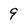
Character: 9